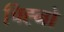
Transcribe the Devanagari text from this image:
चिह्नो